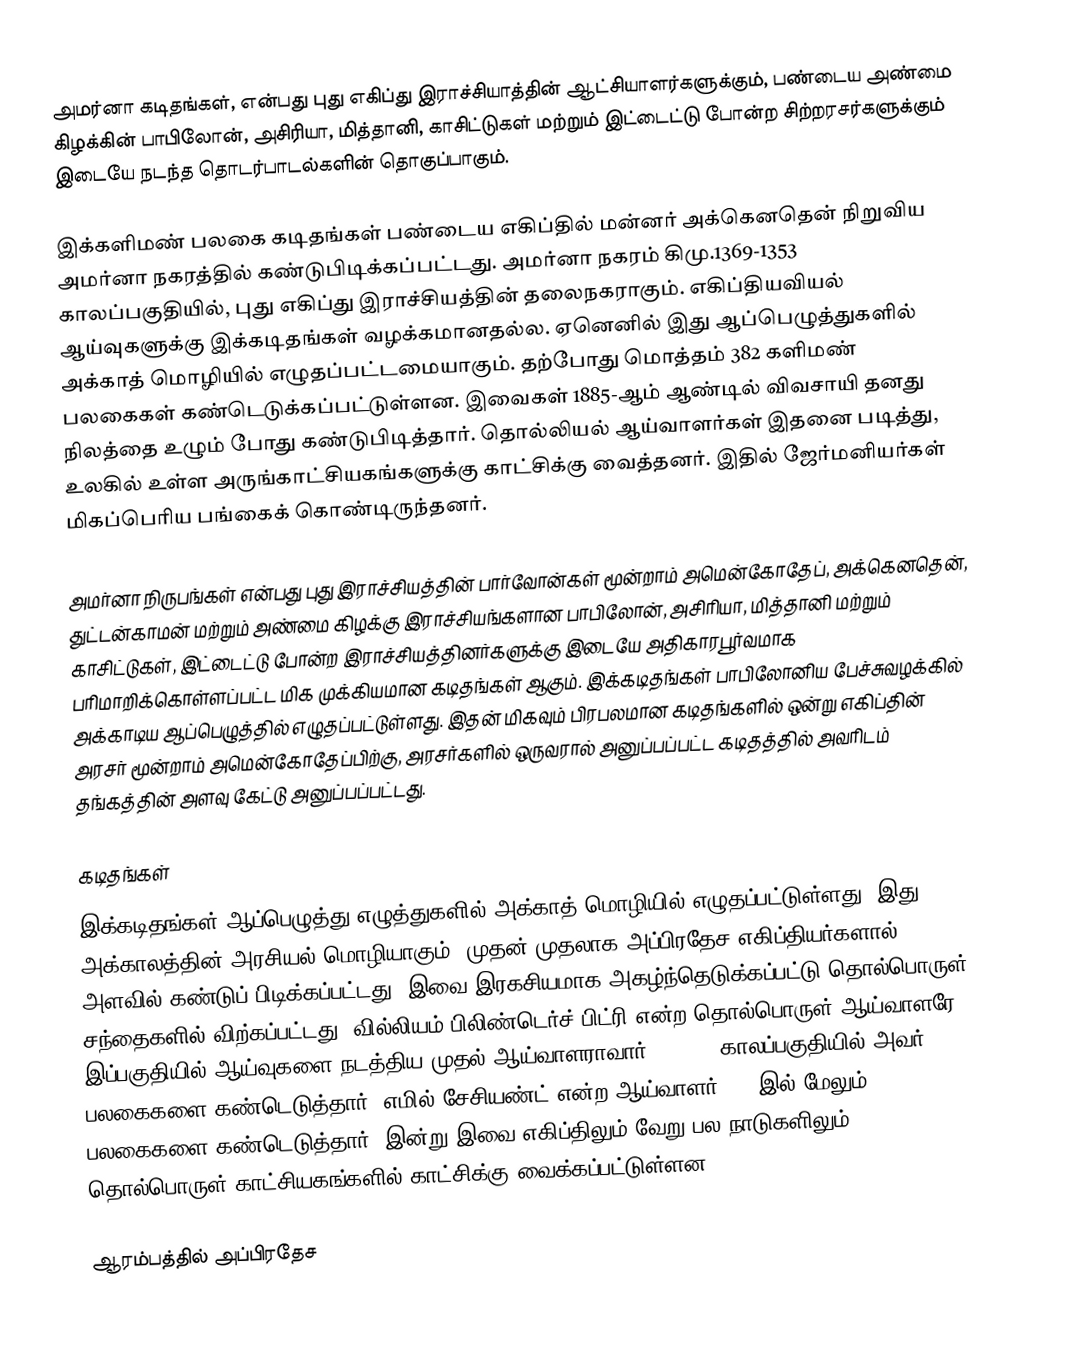
அமர்னா கடிதங்கள், என்பது புது எகிப்து இராச்சியாத்தின் ஆட்சியாளர்களுக்கும், பண்டைய அண்மை கிழக்கின்  பாபிலோன், அசிரியா, மித்தானி,  காசிட்டுகள் மற்றும் இட்டைட்டு போன்ற சிற்றரசர்களுக்கும் இடையே நடந்த தொடர்பாடல்களின் தொகுப்பாகும்.

இக்களிமண் பலகை கடிதங்கள் பண்டைய எகிப்தில் மன்னர் அக்கெனதென் நிறுவிய  அமர்னா  நகரத்தில் கண்டுபிடிக்கப்பட்டது. அமர்னா நகரம் கிமு.1369-1353 காலப்பகுதியில், புது எகிப்து இராச்சியத்தின் தலைநகராகும். எகிப்தியவியல் ஆய்வுகளுக்கு இக்கடிதங்கள் வழக்கமானதல்ல. ஏனெனில் இது ஆப்பெழுத்துகளில் அக்காத் மொழியில் எழுதப்பட்டமையாகும். தற்போது மொத்தம் 382 களிமண் பலகைகள் கண்டெடுக்கப்பட்டுள்ளன. இவைகள் 1885-ஆம் ஆண்டில் விவசாயி தனது நிலத்தை உழும் போது கண்டுபிடித்தார். தொல்லியல் ஆய்வாளர்கள் இதனை படித்து, உலகில் உள்ள அருங்காட்சியகங்களுக்கு காட்சிக்கு வைத்தனர். இதில் ஜேர்மனியர்கள் மிகப்பெரிய பங்கைக் கொண்டிருந்தனர்.

அமர்னா நிருபங்கள் என்பது புது இராச்சியத்தின் பார்வோன்கள்  மூன்றாம் அமென்கோதேப், அக்கெனதென், துட்டன்காமன் மற்றும் அண்மை கிழக்கு இராச்சியங்களான பாபிலோன், அசிரியா, மித்தானி மற்றும் காசிட்டுகள், இட்டைட்டு போன்ற இராச்சியத்தினர்களுக்கு இடையே அதிகாரபூர்வமாக பரிமாறிக்கொள்ளப்பட்ட மிக முக்கியமான கடிதங்கள் ஆகும். இக்கடிதங்கள் பாபிலோனிய பேச்சுவழக்கில் அக்காடிய ஆப்பெழுத்தில் எழுதப்பட்டுள்ளது. இதன் மிகவும் பிரபலமான கடிதங்களில் ஒன்று எகிப்தின் அரசர் மூன்றாம் அமென்கோதேப்பிற்கு, அரசர்களில் ஒருவரால் அனுப்பப்பட்ட கடிதத்தில் அவரிடம் தங்கத்தின் அளவு கேட்டு அனுப்பப்பட்டது.

கடிதங்கள்
இக்கடிதங்கள் ஆப்பெழுத்து எழுத்துகளில் அக்காத் மொழியில் எழுதப்பட்டுள்ளது, இது அக்காலத்தின் அரசியல் மொழியாகும். முதன் முதலாக அப்பிரதேச எகிப்தியர்களால் 1887 அளவில் கண்டுப் பிடிக்கப்பட்டது. இவை இரகசியமாக அகழ்ந்தெடுக்கப்பட்டு தொல்பொருள் சந்தைகளில் விற்கப்பட்டது. வில்லியம் பிலிண்டெர்ச் பிட்ரி என்ற தொல்பொருள் ஆய்வாளரே இப்பகுதியில் ஆய்வுகளை நடத்திய முதல் ஆய்வாளராவார்,1891-92 காலப்பகுதியில் அவர் 21 பலகைகளை கண்டெடுத்தார். எமில் சேசியண்ட் என்ற ஆய்வாளர் 1903இல் மேலும் 24 பலகைகளை கண்டெடுத்தார். இன்று இவை எகிப்திலும் வேறு பல நாடுகளிலும் தொல்பொருள் காட்சியகங்களில் காட்சிக்கு வைக்கப்பட்டுள்ளன.

ஆரம்பத்தில் அப்பிரதேச